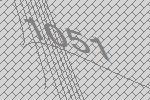
1051